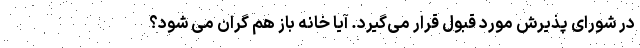
در شورای پذیرش مورد قبول قرار می‌گیرد. آیا خانه باز هم گران می شود؟